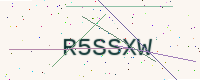
Text: R5SSXW